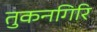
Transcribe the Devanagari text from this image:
तुकनगिरि